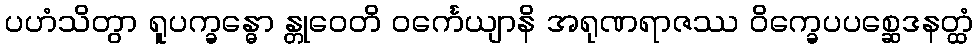
ပဟံသိတွာ ရူပက္ခန္ဓော န္တုဝေတိ ဝင်္ကေယျာနိ အရုဏရာဇဿ ဝိက္ခေပပစ္ဆေဒနတ္ထံ